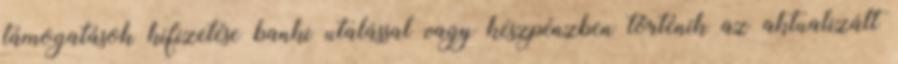
támogatások kifizetése banki utalással vagy készpénzben történik az aktualizált